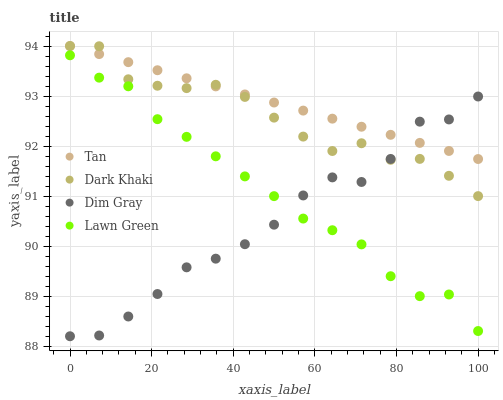
| xaxis_label | Tan | Dark Khaki | Dim Gray | Lawn Green |
 | --- | --- | --- | --- | --- |
 | 0 | 94 | 94 | 88.2 | 93.8 |
 | 7.14 | 93.8 | 94 | 88.2 | 93.4 |
 | 14.3 | 93.7 | 93.3 | 88.6 | 93.2 |
 | 21.4 | 93.5 | 93.2 | 89 | 92.5 |
 | 28.6 | 93.4 | 93.2 | 89.6 | 92.2 |
 | 35.7 | 93.2 | 93.2 | 89.7 | 91.8 |
 | 42.9 | 93 | 93 | 90 | 91.4 |
 | 50 | 92.9 | 92.6 | 90.4 | 91 |
 | 57.1 | 92.7 | 92.2 | 91 | 90.5 |
 | 64.3 | 92.5 | 91.9 | 91.4 | 90.3 |
 | 71.4 | 92.4 | 92.1 | 91.3 | 90 |
 | 78.6 | 92.2 | 91.7 | 91.7 | 89.4 |
 | 85.7 | 92.1 | 91.7 | 92.5 | 89 |
 | 92.9 | 91.9 | 91.4 | 92.5 | 89 |
 | 100 | 91.7 | 91 | 93 | 88.3 |